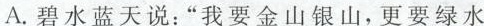
A.碧水蓝天说：”我要金山银山，更要绿水